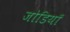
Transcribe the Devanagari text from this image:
जोडियाँ